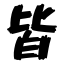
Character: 皆